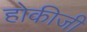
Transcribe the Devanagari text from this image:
होकीजी